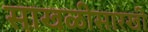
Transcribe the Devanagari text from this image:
साखळीसारखी